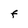
Character: F